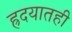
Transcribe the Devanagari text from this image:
ह्रदयातही